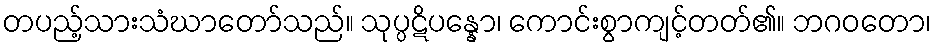
တပည့်သားသံဃာတော်သည်။ သုပ္ပဋိပန္နော၊ ကောင်းစွာကျင့်တတ်၏။ ဘဂဝတော၊